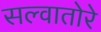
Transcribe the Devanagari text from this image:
सल्वातोरे